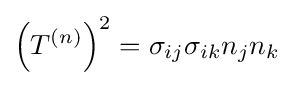
\left(T^{(n)}\right)^{2}=\sigma _{ij}\sigma _{ik}n_{j}n_{k}